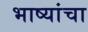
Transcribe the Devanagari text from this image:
भाष्यांचा